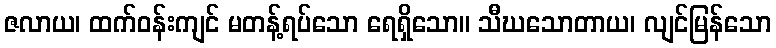
ဇလာယ၊ ထက်ဝန်းကျင် မတန့်ရပ်သော ရေရှိသော။ သီဃသောတာယ၊ လျင်မြန်သော